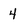
Character: 4